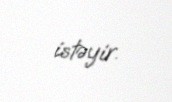
istəyir.